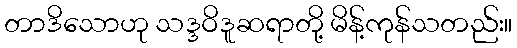
တာဒိသောဟု သဒ္ဒဝိဒူဆရာတို့ မိန့်ကုန်သတည်း။